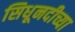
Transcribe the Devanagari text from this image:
सिधूनदीच्या